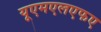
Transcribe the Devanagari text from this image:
यूएमएलएफए